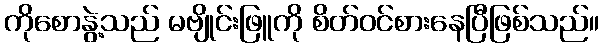
ကိုစောနွဲ့သည် မဗျိုင်းဖြူကို စိတ်ဝင်စားနေပြီဖြစ်သည်။